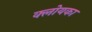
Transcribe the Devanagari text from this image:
क्लोयका